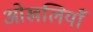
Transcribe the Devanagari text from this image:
ओखलियाँ